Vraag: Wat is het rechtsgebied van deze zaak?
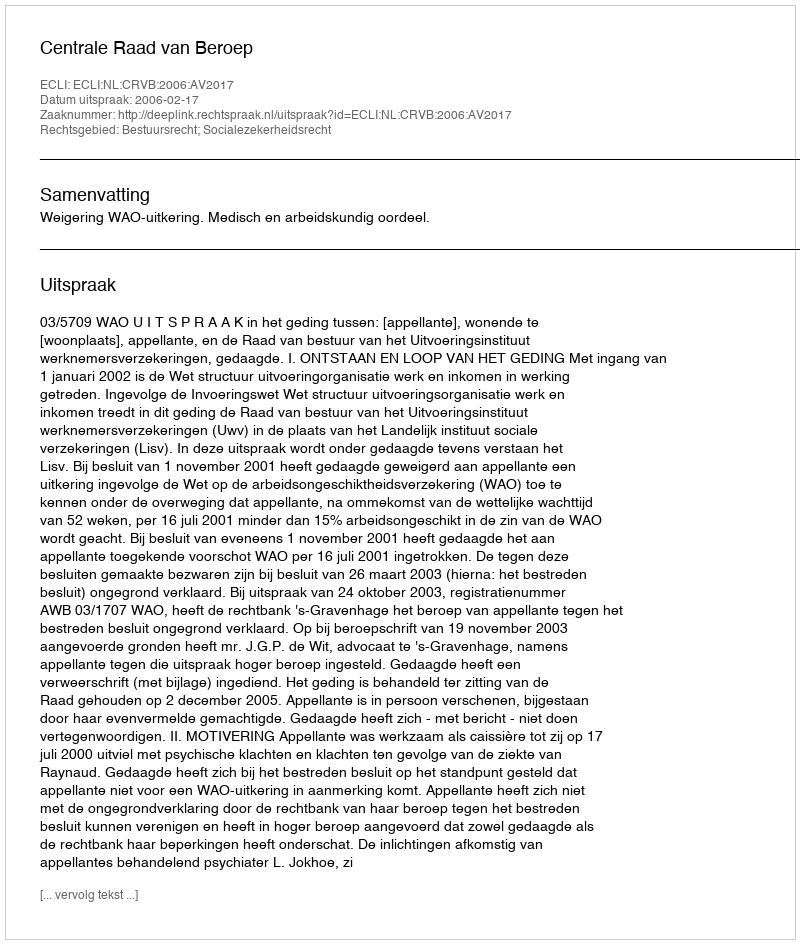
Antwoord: Bestuursrecht; Socialezekerheidsrecht